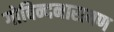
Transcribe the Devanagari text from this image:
गोविन्दनारायण